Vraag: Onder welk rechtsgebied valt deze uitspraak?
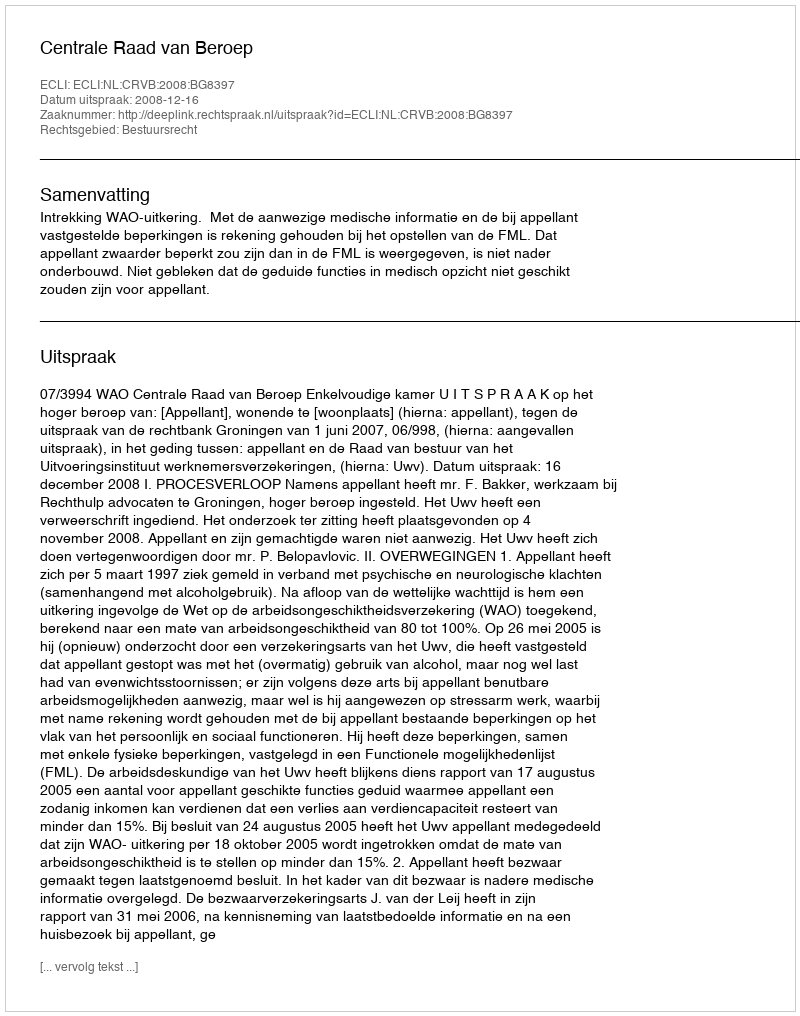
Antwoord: Bestuursrecht